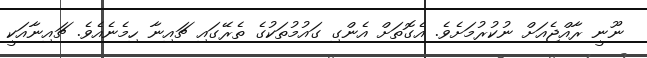
ނޫނީ ރާއްޖެއަށް ނުކުރުމަށެވެ. އެގޮތަށް އެންގި ގައުމުތަކުގެ ތެރޭގައި ޗައިނާ ހިމެނެއެވެ. ޗައިނާއަކީ